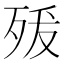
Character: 𭮍